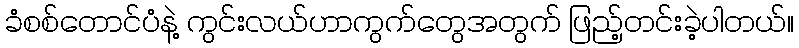
ခံစစ်တောင်ပံနဲ့ ကွင်းလယ်ဟာကွက်တွေအတွက် ဖြည့်တင်းခဲ့ပါတယ်။